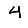
Digit: 4